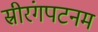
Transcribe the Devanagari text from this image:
स्रीरंगपटनम